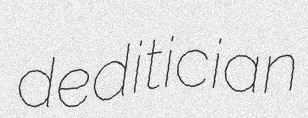
deditician